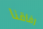
رفاقنا